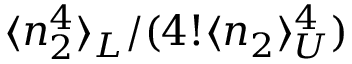
\langle n _ { 2 } ^ { 4 } \rangle _ { L } / ( 4 ! \langle n _ { 2 } \rangle _ { U } ^ { 4 } )